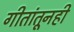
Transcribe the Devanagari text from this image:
गीतांतूनही